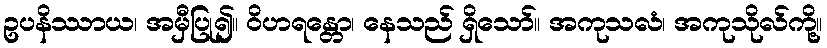
ဥပနိဿာယ၊ အမှီပြု၍။ ဝိဟရန္တော၊ နေသည် ရှိသော်။ အကုသလံ၊ အကုသိုလ်ကို့။